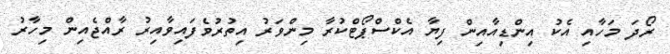
ރޯދަ މަހާއި އެކު އިންޑިއާއިން ފިޔާ އެކްސްޕޯޓްކުރާ މިންވަރު އިތުރުވެފައިވާއިރު ރާއްޖެއިން މިހާރު